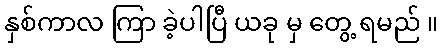
နှစ်ကာလ ကြာ ခဲ့ပါပြီ ယခု မှ တွေ့ ရမည် ။